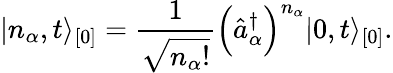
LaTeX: \vert n_{\alpha},t\rangle_{[0]}=\frac{1}{\sqrt{n_{\alpha}!}}\Bigl(\hat{a}_{\alpha}^{\dagger}\Bigr)^{n_{\alpha}}\vert 0,t\rangle_{[0]}.